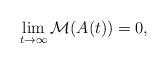
LaTeX: \begin{align*} \lim_{t \to \infty} \mathcal{M}(A(t)) = 0,\end{align*}